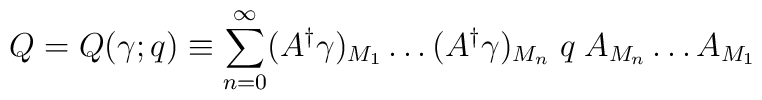
Q = Q(\gamma; q) \equiv \sum_{n=0}^{\infty} (A^{\dagger} \gamma )_{M_{1}}\ldots (A^{\dagger} \gamma )_{M_{n}}\; q \; A_{M_{n}}\ldots A_{M_{1}}